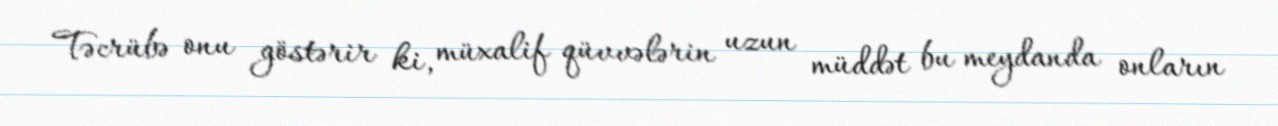
Təcrübə onu göstərir ki, müxalif qüvvələrin uzun müddət bu meydanda onların